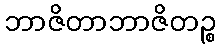
ဘာဇိတာဘာဇိတဉ္စ